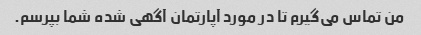
من تماس می‌گیرم تا در مورد آپارتمان آگهی شده شما بپرسم.